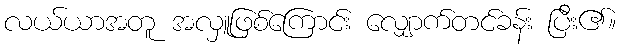
လယ်ယာအတူ အလှူဖြစ်ကြောင်း လျှောက်တင်ခန်း ပြီး၏။